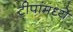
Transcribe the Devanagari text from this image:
टीपांमध्ये